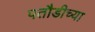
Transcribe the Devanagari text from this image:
पतौडीच्या